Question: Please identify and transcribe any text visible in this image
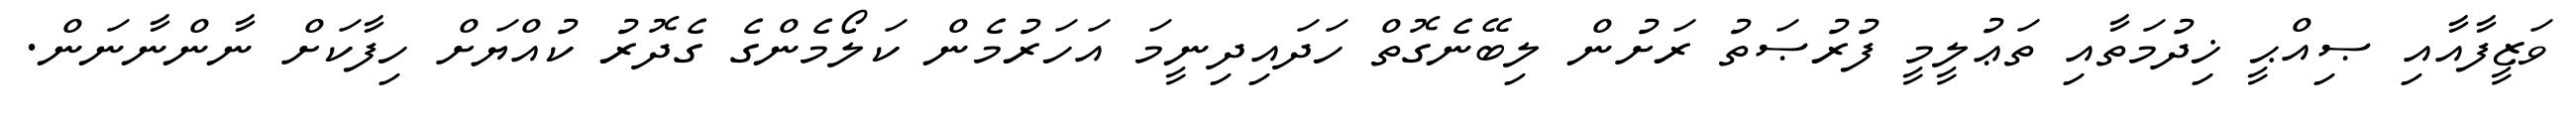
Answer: ވަޒީފާއާއި ޞިއްޙީ ޚިދުމަތާއި ތަޢުލީމީ ފުރުޞަތު ރަށުން ލިބޭނެގޮތް ހަދައިދިނީމަ އަހަރުމެން ކަލޯމެންގެ ގެދޮރު ކުއްޔަށް ހިފާކަށް ނާންނާނަން.